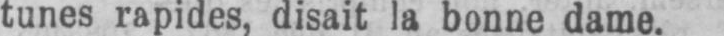
tunes rapides, disait la bonne dame.